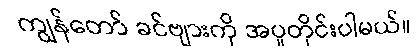
ကျွန်တော် ခင်ဗျားကို အပူတိုင်းပါမယ်။